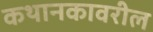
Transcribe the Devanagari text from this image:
कथानकावरील